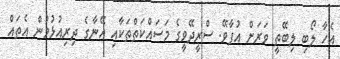
އެހާ ލޯބި ލިބޭތީ ވަރަށް އުފާވޭ. ސްރީދޭވީގެ މަސައްކަތްތަކާއި އޭނާގެ ދިރިއުޅުމުން އެތައް